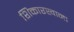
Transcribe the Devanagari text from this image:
शिकारखाना